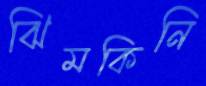
ঝিমকিনি